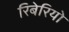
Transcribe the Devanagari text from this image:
रिबेरियो